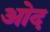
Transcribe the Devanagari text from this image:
ओद